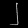
Digit: ၂